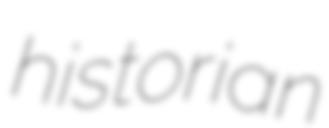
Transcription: historian